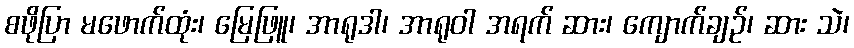
စဖိုပြာ မဖောက်ထုံး၊ မြေဖြူ၊ အာရုဒါ၊ အာရုဝါ အရက် ဆား၊ ကျောက်ချဉ်၊ ဆား သဲ၊